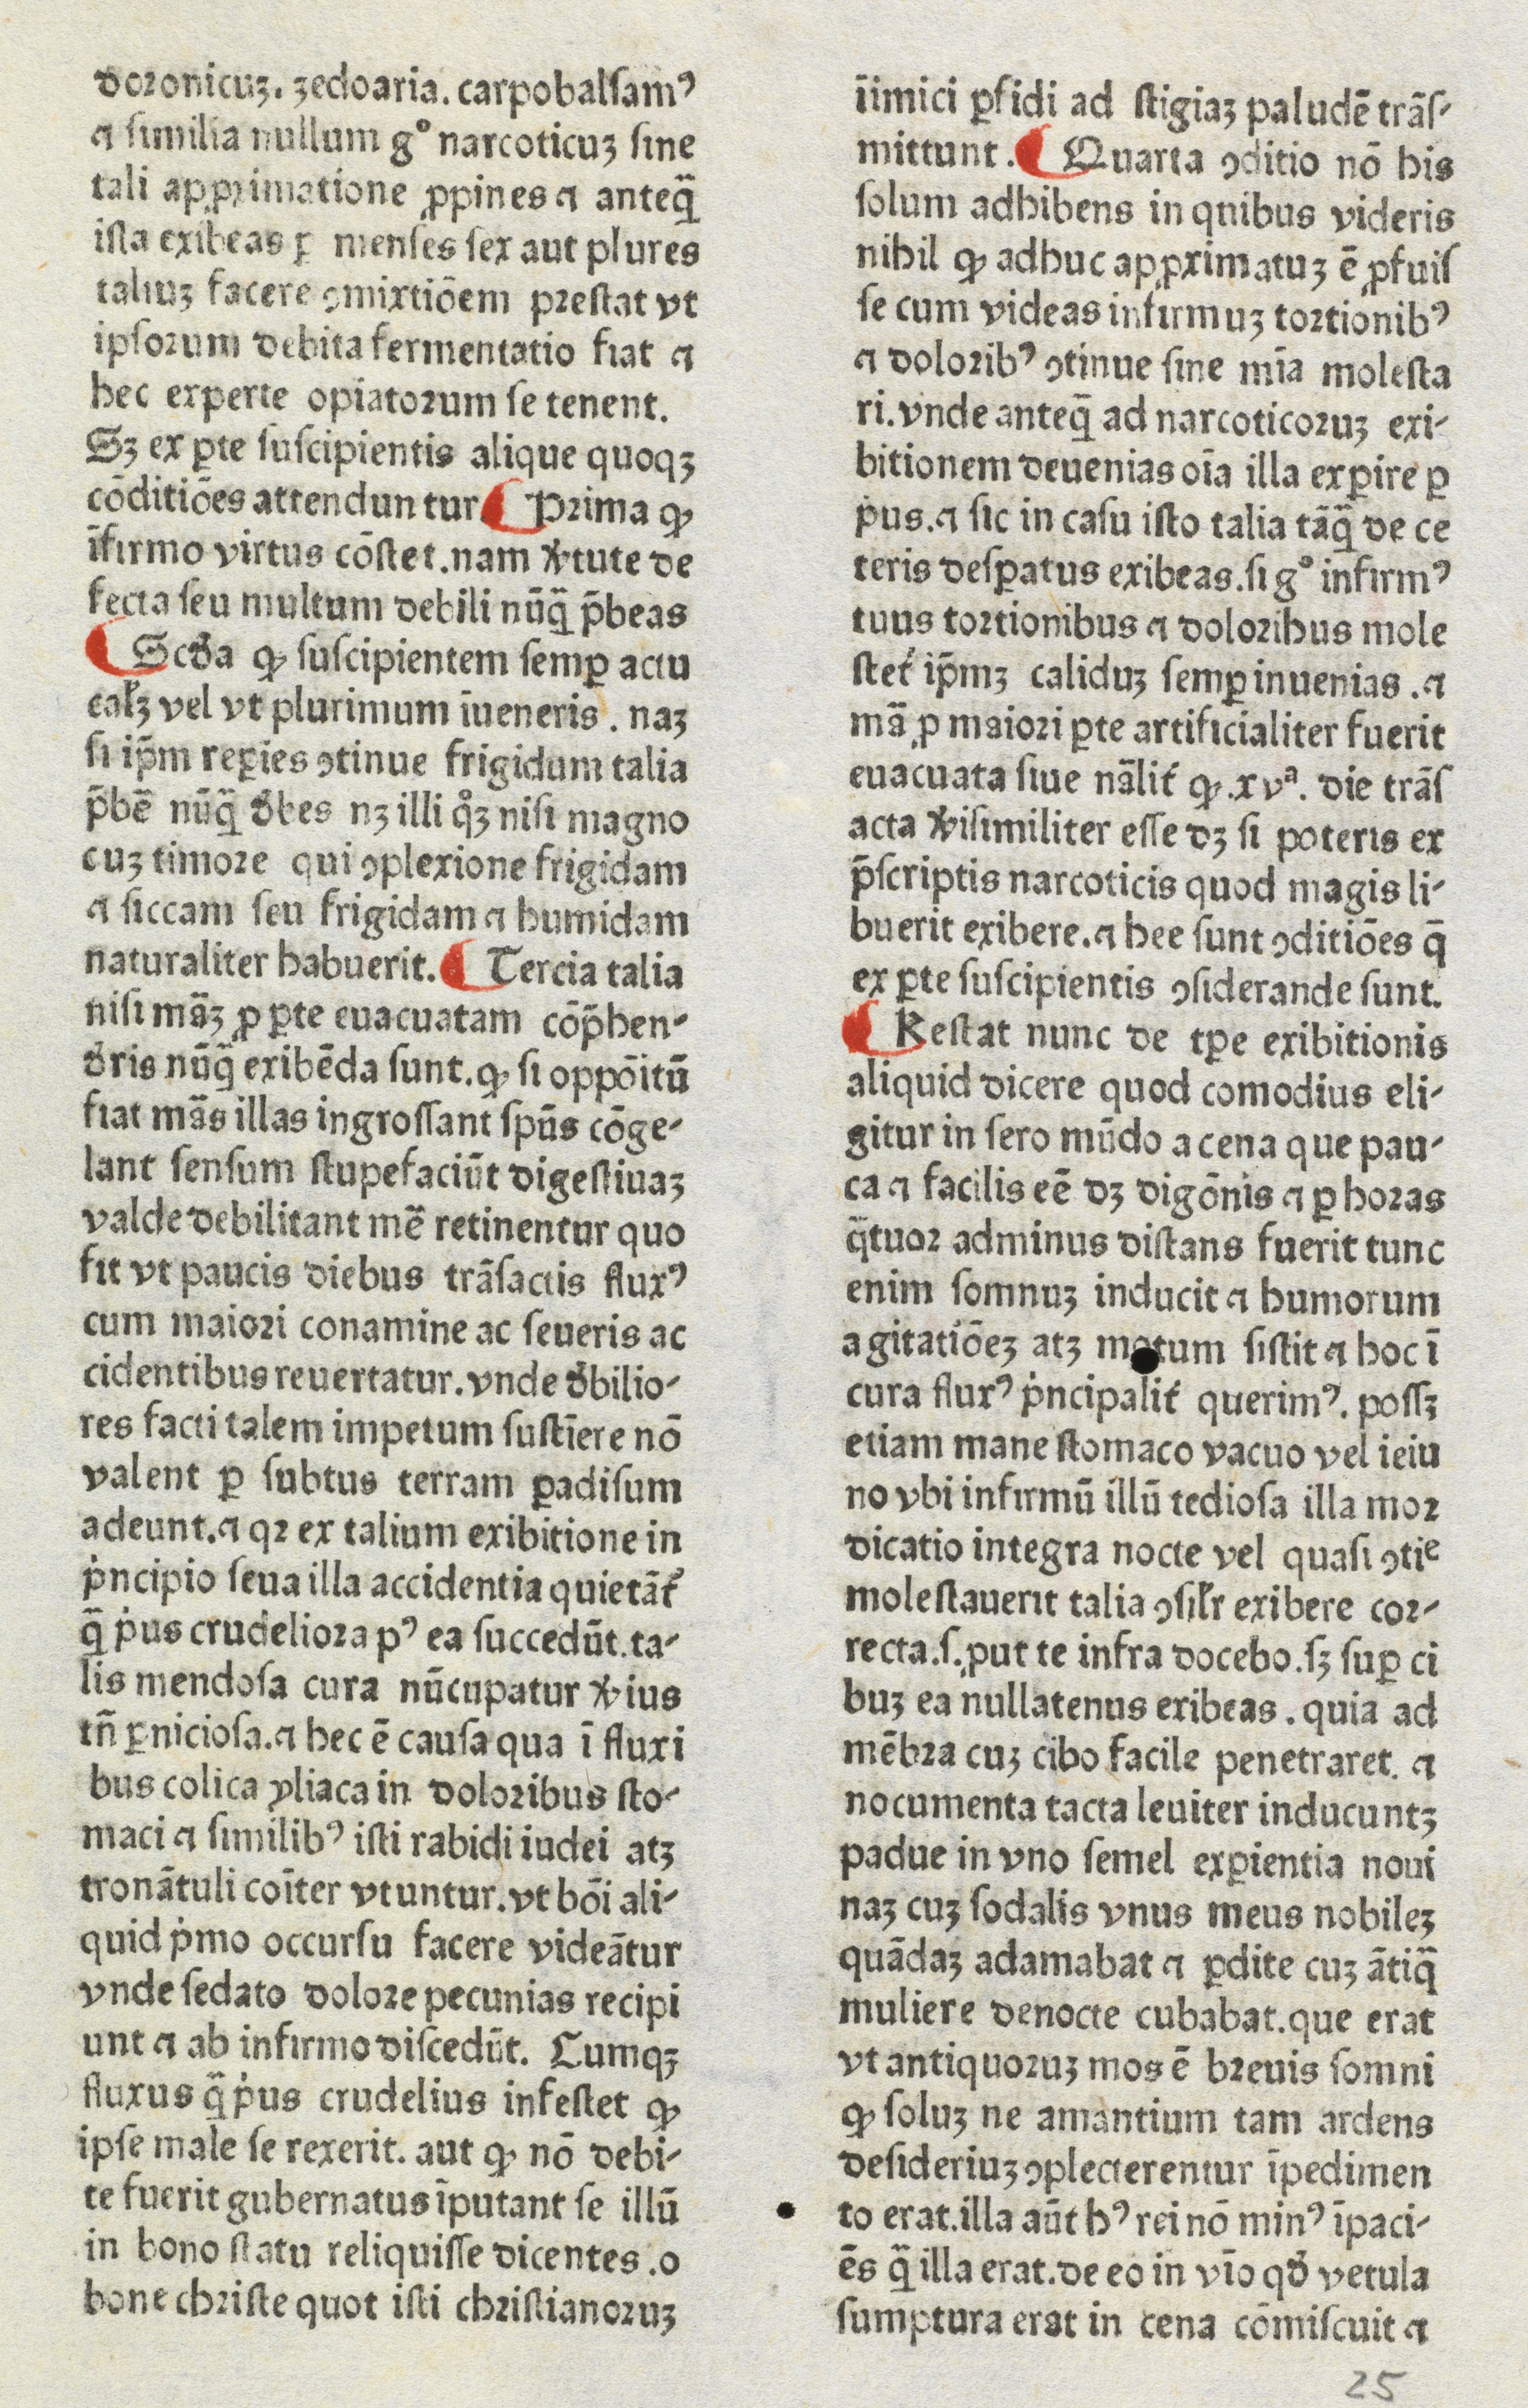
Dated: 1480–1470